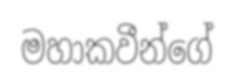
මහාකවීන්ගේ